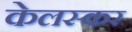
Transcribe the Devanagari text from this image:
केलस्कर